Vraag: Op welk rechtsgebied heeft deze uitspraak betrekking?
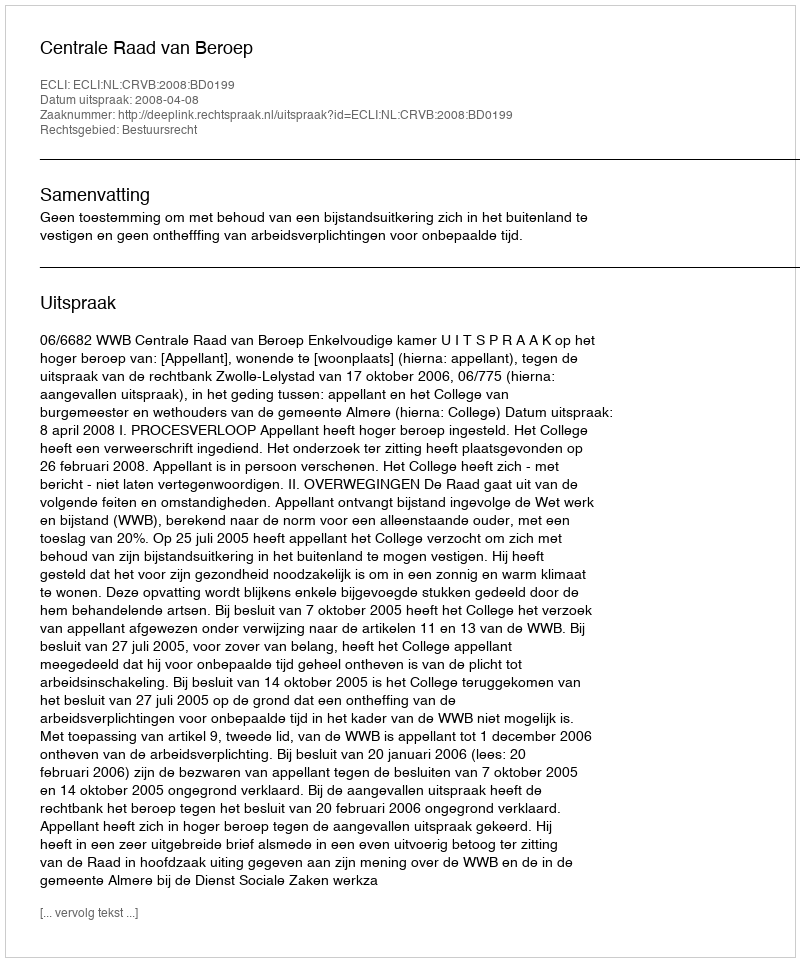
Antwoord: Bestuursrecht